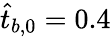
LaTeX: \hat{t}_{b,0}=0.4